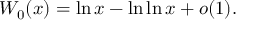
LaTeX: W _ { 0 } ( x ) = \ln x - \ln \ln x + o ( 1 ) .